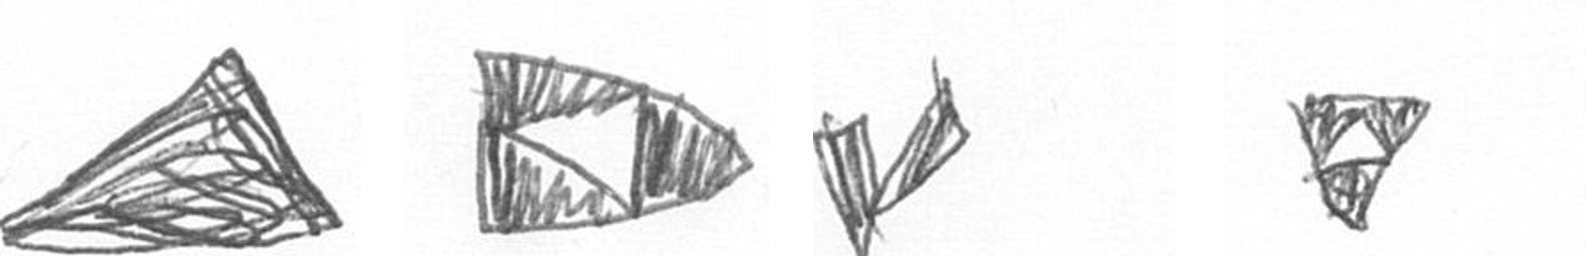
O K F S